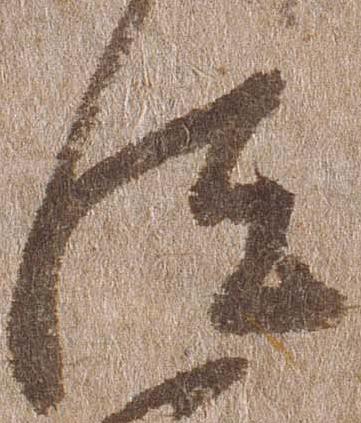
汰